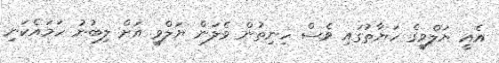
އެއީ ޔަލްވީގެ ހަޔާތުގައި ވެސް ހިނިތުން ވެލަން ޔަލްވީ އަށް ލިބުނު ހަމައެކަނި